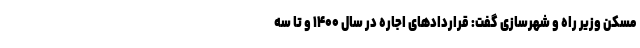
مسکن وزیر راه و شهرسازی گفت: قراردادهای اجاره در سال ۱۴۰۰ و تا سه